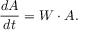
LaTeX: { \frac { d A } { d t } } = W \cdot A .